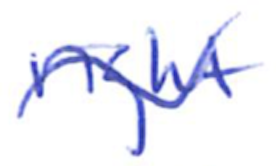
Text: right
Cross-out: wave
Writing tool: ballpoint